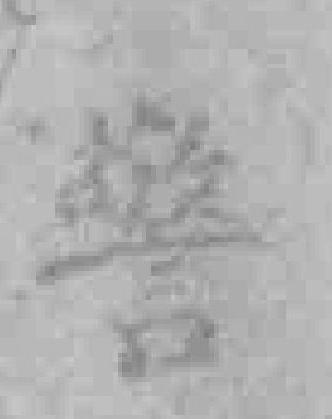
警